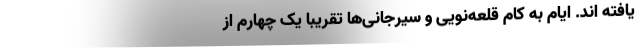
یافته اند. ایام به کام قلعه‌نویی و سیرجانی‌ها تقریباً یک چهارم از